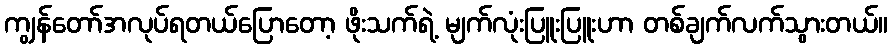
ကျွန်တော်အလုပ်ရတယ်ပြောတော့ ဖိုးသက်ရဲ့ မျက်လုံးပြူးပြူးဟာ တစ်ချက်လက်သွားတယ်။